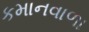
કમાનવાળા